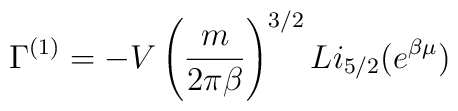
\Gamma^{(1)} = -V \left(\frac{m}{2\pi\beta}\right)^{3/2}Li_{5/2}(e^{\beta\mu})